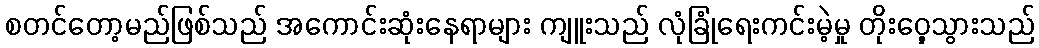
စတင်တော့မည်ဖြစ်သည် အကောင်းဆုံးနေရာများ ကျူးသည် လုံခြုံရေးကင်းမဲ့မှု တိုးဝှေ့သွားသည်